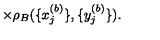
\times \rho _ { B } ( \{ x _ { j } ^ { ( b ) } \} , \{ y _ { j } ^ { ( b ) } \} ) .